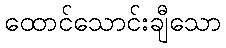
ထောင်သောင်းချီသော